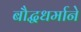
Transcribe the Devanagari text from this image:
बौद्धधर्माने